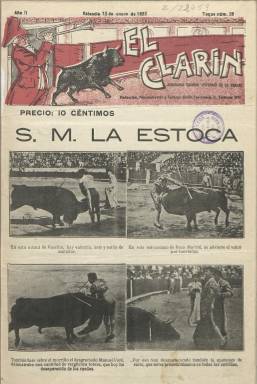
Título: El Clarín (Valencia)
Colección: Toros
Ámbito geográfico: Valencia
Lugar de publicación: Valencia
Fechas: 13/01/1923-28/08/1936

Semanario taurino fundado en 1922 por Vicente Miguel y Carceller (1890-1940), quien había comenzado su trayectoria periodística como colaborador de revistas satíricas y, a partir de 1911, la empresarial, al hacerse cargo de la segunda época del semanario humorístico-político, anticlerical y sicalíptico La Traca, que a partir de 1930 y hasta su desaparición en 1938 tendrá una enorme difusión y éxito en toda España hasta alcanzar el medio millón de ejemplares de tirada, siendo también fundador y propietario de El cuento del dumenche (1914-1921), que ofreció hasta 366 fascículos, El Fallero (1921-1936), Nuestro teatro (1921-1922 y 1930-1932), La Sombra (1924-1926) y La Chala (1926-1938), publicaciones en las que se usaba el idioma valenciano, y que también publicará las revistas eróticas Bésame y El piropo, convirtiéndose en uno de los principales editores de semanarios valencianos del primer tercio del siglo veinte, siendo condenado a muerte tras la guerra civil y fusilado en el campo de tiro de Paterna.

La colección de este título en la Biblioteca Nacional de España está incompleta, y comienza en su segundo año de edición, el trece de enero de 1923, con el “toque” número 39, denominación que daba a la secuencia de sus entregas semanales, que empezaron siendo de ocho páginas y posteriormente de dieciséis, aunque también editaba algunos números extraordinarios con motivo de la feria valenciana y almanaques anuales, llegando estos a sobrepasar el medio centenar de páginas, algunos de los cuales también forman parte de esta colección digital.

Con el subtítulo “semanario taurino defensor de la verdad”, es una publicación de diseño y contenido muy popular –llegará a tirar hasta 22.000 ejemplares-, que para su estampación utilizará la tricromía, principalmente en sus portadas y contraportadas pero también en páginas interiores, donde también se utilizan diversas tintas para su impresión. Publicación muy ilustrada, donde proliferan las fotografías, pero también inserta dibujos y viñetas, casi todas ellas de carácter taurino: retratos de matadores y novilleros, de ganaderos, de cuadrillas, de empresarios taurinos y de lances en los festejos taurinos.

Publica crónicas de corridas de toros, informaciones, noticias y breves comentarios y chirigotas, utilizando muchas veces un estilo sarcástico, humorístico y burlón. Tiene secciones como Palmas y pitos, Avisos, Diccionario taurino, Toques de Clarín o Dietario de Clarín, y sus páginas centrales las dedica generalmente a ofrecer una ficha de los diestros. Cuenta con corresponsales en provincias españolas y en algunos países americanos, y entre las firmas de sus textos aparecen las de Carlos Quevedo (Don Pamplinas), Alejo Arango, Pedro Mata, Alberto Iranzo, M. Barceló, Eladio Miragaya (su delegado en Madrid) o la de Antonio C. Elorza (Granada); pero, como es habitual en las publicaciones taurinas, muchos de sus revisteros firman bajo seudónimos. Entre estos, Latiguillo-Chico, Taleguilla, Juan Verdades, Don Ista, Epifanio, Tranquilo, Juan Taurino, Alberto Sevillano, Ali-Atar, El Caballero Clarín, Curro Faroles, M. del Campo, Franqueza (Barcelona), Don Claro (Bilbao), Pepe Velay (Valladolid) o Don Imparcial (México).

Se difundía también en México, San Francisco, Nueva York, Colombia o Caracas, y sus corresponsales en América fueron, entre otros, Enrique Azarmendi o el fotógrafo El Jarameño. Generalmente, sus fotografías no van firmadas, y contó con dibujantes como Alvar y Pertegás. Sus almanaques anuales, donde publica estadísticas e inserta láminas a color, suelen comenzar con un Juicio del año, escrito en verso y firmado bajo el seudónimo Uno del Dos.

A partir de abril de 1934 la dirección del semanario la asume el sevillano Alberto Escobar Huerta (1882), que había sido previamente redactor-jefe y era autor de algunos de sus artículos, quien a partir de 1936 aparecerá también como su propietario, dándole al semanario el subtítulo “revista gráfica taurina”, en un momento en el que su fundador ya era un millonario editor y, como empresario, dueño también del Teatro Serrano y del Cinema Metropol de la capital valenciana.

La última entrega de este título en la colección de la BNE corresponde al 688, del 28 de agosto de 1936. Como propietario de la cabecera, el citado Escobar solicitará su aparición, y a partir de 1953 empezará a publicarse de nuevo y siguiendo la secuencia, bajo la dirección de Rafael Alfaro Taboada. Por su parte, su fundador, el editor Vicent Miquel i Carceller –su nombre en valenciano-, que había sido preso en 1912 por publicar una caricatura de Alfonso XIII, la Dictadura primoriverista le había suspendido La traca, que se alineó a favor del Frente Popular y los estatutos de autonomía de Valencia y Cataluña, fue detenido al finalizar la guerra civil, junto al dibujante Carlos Gómez Carrera (Bluff), que había y publicado viñetas antifascistas y caricaturizado a Franco. Torturados por los fascistas y ejecutados ambos en 1940, no llegaron a identificar al ya citado Enrique Pertegás Pérez (1894-1961) con el dibujante que había firmado bajo los seudónimos Marqués de Sade o Tramús, y que formó parte de la primera generación de autores del cómic valenciano.